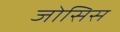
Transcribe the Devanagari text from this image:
जोसिस